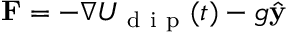
\mathbf { F } = - \nabla U _ { \mathrm { ~ d ~ i ~ p ~ } } ( t ) - g \hat { \mathbf { y } }